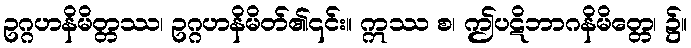
ဥဂ္ဂဟနိမိတ္တဿ၊ ဥဂ္ဂဟနိမိတ်၏၎င်း။ ဣဿ စ၊ ဤပဋိဘာဂနိမိတ္တေ၊ ၌။